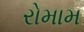
રોમામ